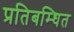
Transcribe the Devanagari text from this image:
प्रतिबम्धित